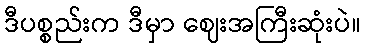
ဒီပစ္စည်းက ဒီမှာ ဈေးအကြီးဆုံးပဲ။